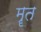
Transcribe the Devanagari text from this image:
मॄत